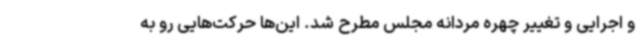
و اجرایی و تغییر چهره مردانه مجلس مطرح شد. این‌ها حرکت‌هایی رو به